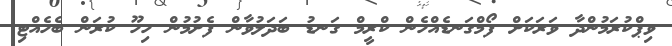
ވިޕްކުރަމުންދާ ވަރަކަށް ފޯމްގަނޑެއްހެން ކްރީމް ގަނޑު ބަދަލުވާން ފެށުމުން ހިހޫ ކުރަން ބެހެއްޓި